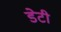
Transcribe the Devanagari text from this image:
डेटी